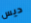
ديس